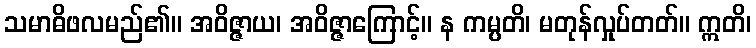
သမာဓိဖလမည်၏။ အဝိဇ္ဇာယ၊ အဝိဇ္ဇာကြောင့်။ န ကမ္ပတိ၊ မတုန်လှုပ်တတ်။ ဣတိ၊